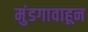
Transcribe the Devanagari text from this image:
मुंडगावाहून